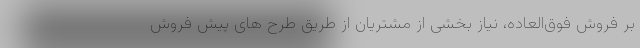
بر فروش فوق‌العاده، نیاز بخشی از مشتریان از طریق طرح های پیش فروش